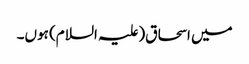
میں اسحاق(علیہ السلام) ہوں۔